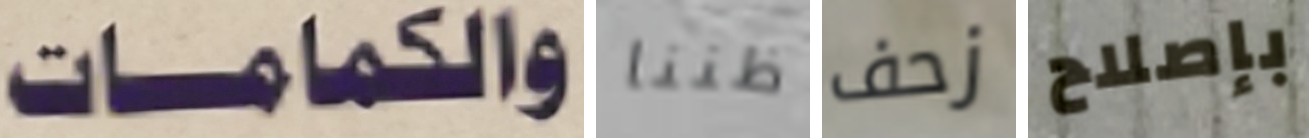
والكمامات ظننا زحف بإصلاح